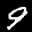
Label: 9